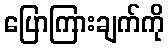
ပြောကြားချက်ကို